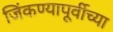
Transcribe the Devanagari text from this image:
जिंकण्यापूर्वीच्या